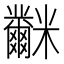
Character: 𥽲